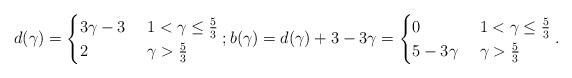
LaTeX: \begin{align*}d(\gamma)=\begin{cases}3\gamma - 3 & \ 1<\gamma\leq \frac53 \\2 & \ \gamma>\frac53\end{cases}; b(\gamma)=d(\gamma)+3-3\gamma=\begin{cases}0 & \ 1<\gamma\leq \frac53 \\5-3 \gamma & \ \gamma>\frac53\end{cases}.\end{align*}